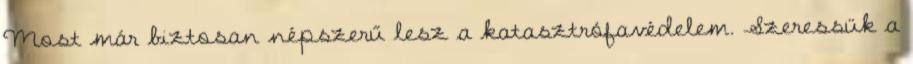
Most már biztosan népszerű lesz a katasztrófavédelem. Szeressük a